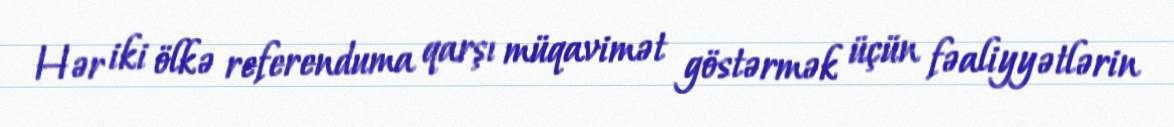
Hər iki ölkə referenduma qarşı müqavimət göstərmək üçün fəaliyyətlərin